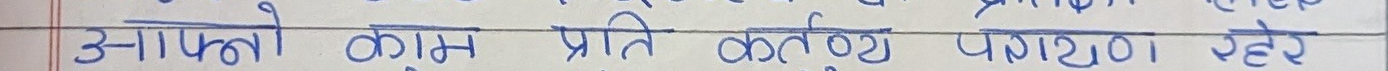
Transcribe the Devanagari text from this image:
आफ्नो काम प्रति कर्तव्य पविण रहेछ